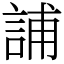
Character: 誧